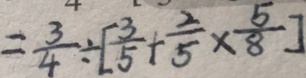
= \frac { 3 } { 4 } \div [ \frac { 3 } { 5 } + \frac { 2 } { 5 } \times \frac { 5 } { 8 } ]